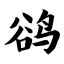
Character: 鹆